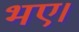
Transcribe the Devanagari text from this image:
भए।